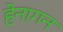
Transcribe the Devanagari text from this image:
हेनागन